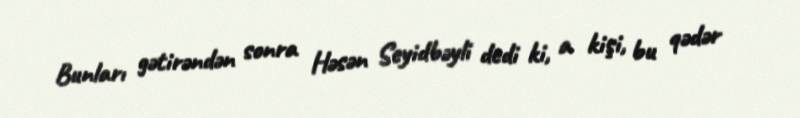
Bunları gətirəndən sonra Həsən Seyidbəyli dedi ki, a kişi, bu qədər